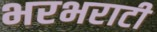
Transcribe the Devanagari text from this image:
भरभराटी